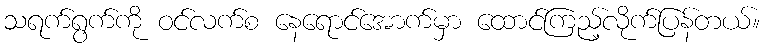
သရက်ရွက်ကို ဝင်လက်စ နေရောင်အောက်မှာ ထောင်ကြည့်လိုက်ပြန်တယ်။